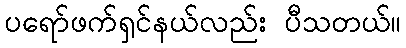
ပရော်ဖက်ရှင်နယ်လည်း ပီသတယ်။